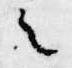
之